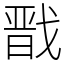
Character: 戬